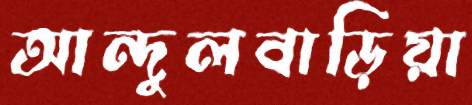
আন্দুলবাড়িয়া